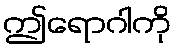
ဤရောဂါကို